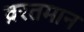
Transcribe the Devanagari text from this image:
व्ररतमान